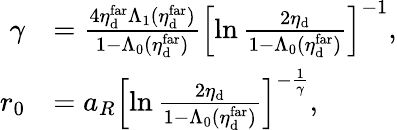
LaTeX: \begin{array}{rl}{\gamma}&{=\frac{4\eta_{\mathrm{d}}^{\mathrm{far}}\Lambda_{1}(\eta_{\mathrm{d}}^{\mathrm{far}})}{1-\Lambda_{0}(\eta_{\mathrm{d}}^{\mathrm{far}})}\left[\ln\frac{2\eta_{\mathrm{d}}}{1-\Lambda_{0}(\eta_{\mathrm{d}}^{\mathrm{far}})}\right]^{-1},}\\ {r_{0}}&{=a_{R}\left[\ln\frac{2\eta_{\mathrm{d}}}{1-\Lambda_{0}(\eta_{\mathrm{d}}^{\mathrm{far}})}\right]^{-\frac{1}{\gamma}},}\end{array}